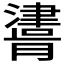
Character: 𰝪